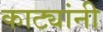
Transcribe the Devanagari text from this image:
काट्यांनी